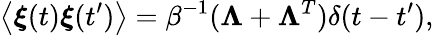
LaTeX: \left\langle\boldsymbol\xi(t)\boldsymbol\xi(t^{\prime})\right\rangle=\beta^{-1}(\boldsymbol\Lambda+\boldsymbol\Lambda^{T})\delta(t-t^{\prime}),